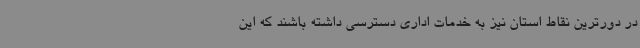
در دورترین نقاط استان نیز به خدمات اداری دسترسی داشته باشند که این